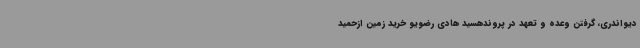
دیواندری، گرفتن وعده و تعهد در پروندهسید هادی رضویو خرید زمین ازحمید